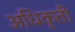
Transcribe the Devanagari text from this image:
अधिकृती